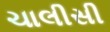
ચાલીસી